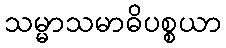
သမ္မာသမာဓိပစ္စယာ